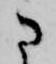
に